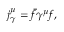
j _ { \gamma } ^ { \mu } = \bar { f } \gamma ^ { \mu } f ,